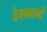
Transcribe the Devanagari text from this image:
देवभवनों